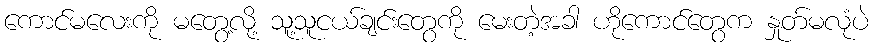
ကောင်မလေးကို မတွေ့လို့ သူ့သူငယ်ချင်းတွေကို မေးတဲ့အခါ ဟိုကောင်တွေက နှုတ်မလုံပဲ